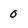
Character: 0